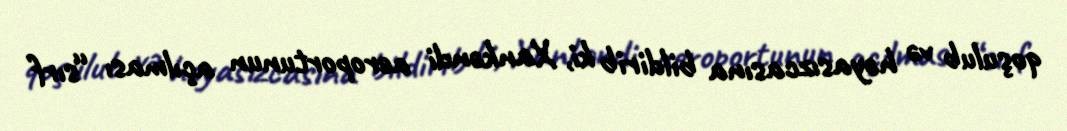
qoşulub və həyasızcasına bildirib ki, Xankəndi aeroportunun açılması “sırf